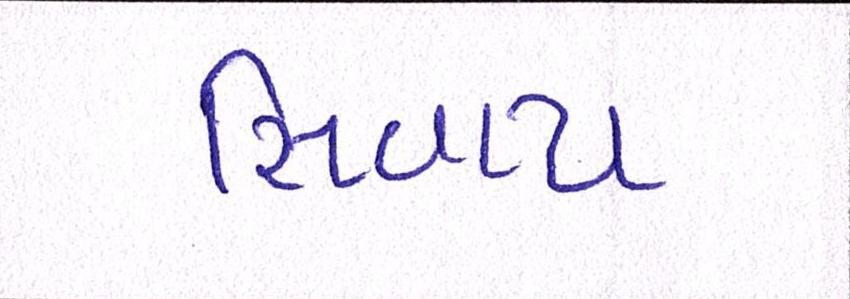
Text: સિવાય